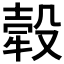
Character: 𤚲